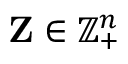
\mathbf { Z } \in \mathbb { Z } _ { + } ^ { n }